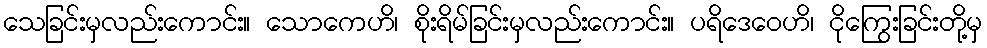
သေခြင်းမှလည်းကောင်း။ သောကေဟိ၊ စိုးရိမ်ခြင်းမှလည်းကောင်း။ ပရိဒေဝေဟိ၊ ငိုကြွေးခြင်းတို့မှ